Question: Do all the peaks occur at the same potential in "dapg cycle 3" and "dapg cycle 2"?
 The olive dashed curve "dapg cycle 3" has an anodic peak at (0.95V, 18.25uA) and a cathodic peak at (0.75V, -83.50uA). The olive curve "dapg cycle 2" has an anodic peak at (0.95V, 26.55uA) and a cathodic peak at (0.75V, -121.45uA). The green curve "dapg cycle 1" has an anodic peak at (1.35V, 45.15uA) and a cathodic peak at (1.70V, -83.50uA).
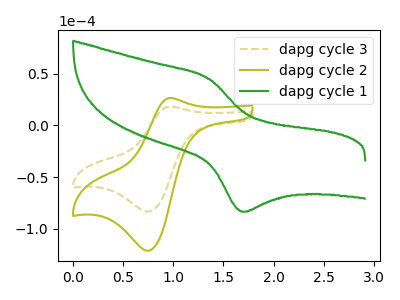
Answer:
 <answer>Yes, "dapg cycle 3" have a peak in "dapg cycle 2" at the same potential.</answer>
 <eval>match</eval>